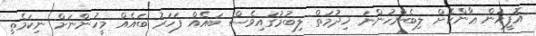
އޮފީހުން ޢާންކޮށް ލިބެންހުންނަ ޚިދުމަތް ލިބުމުގައިވެސް ބައެއް ފަހަރު ބައެއް މީހުންނަށް ނިކަމެތި